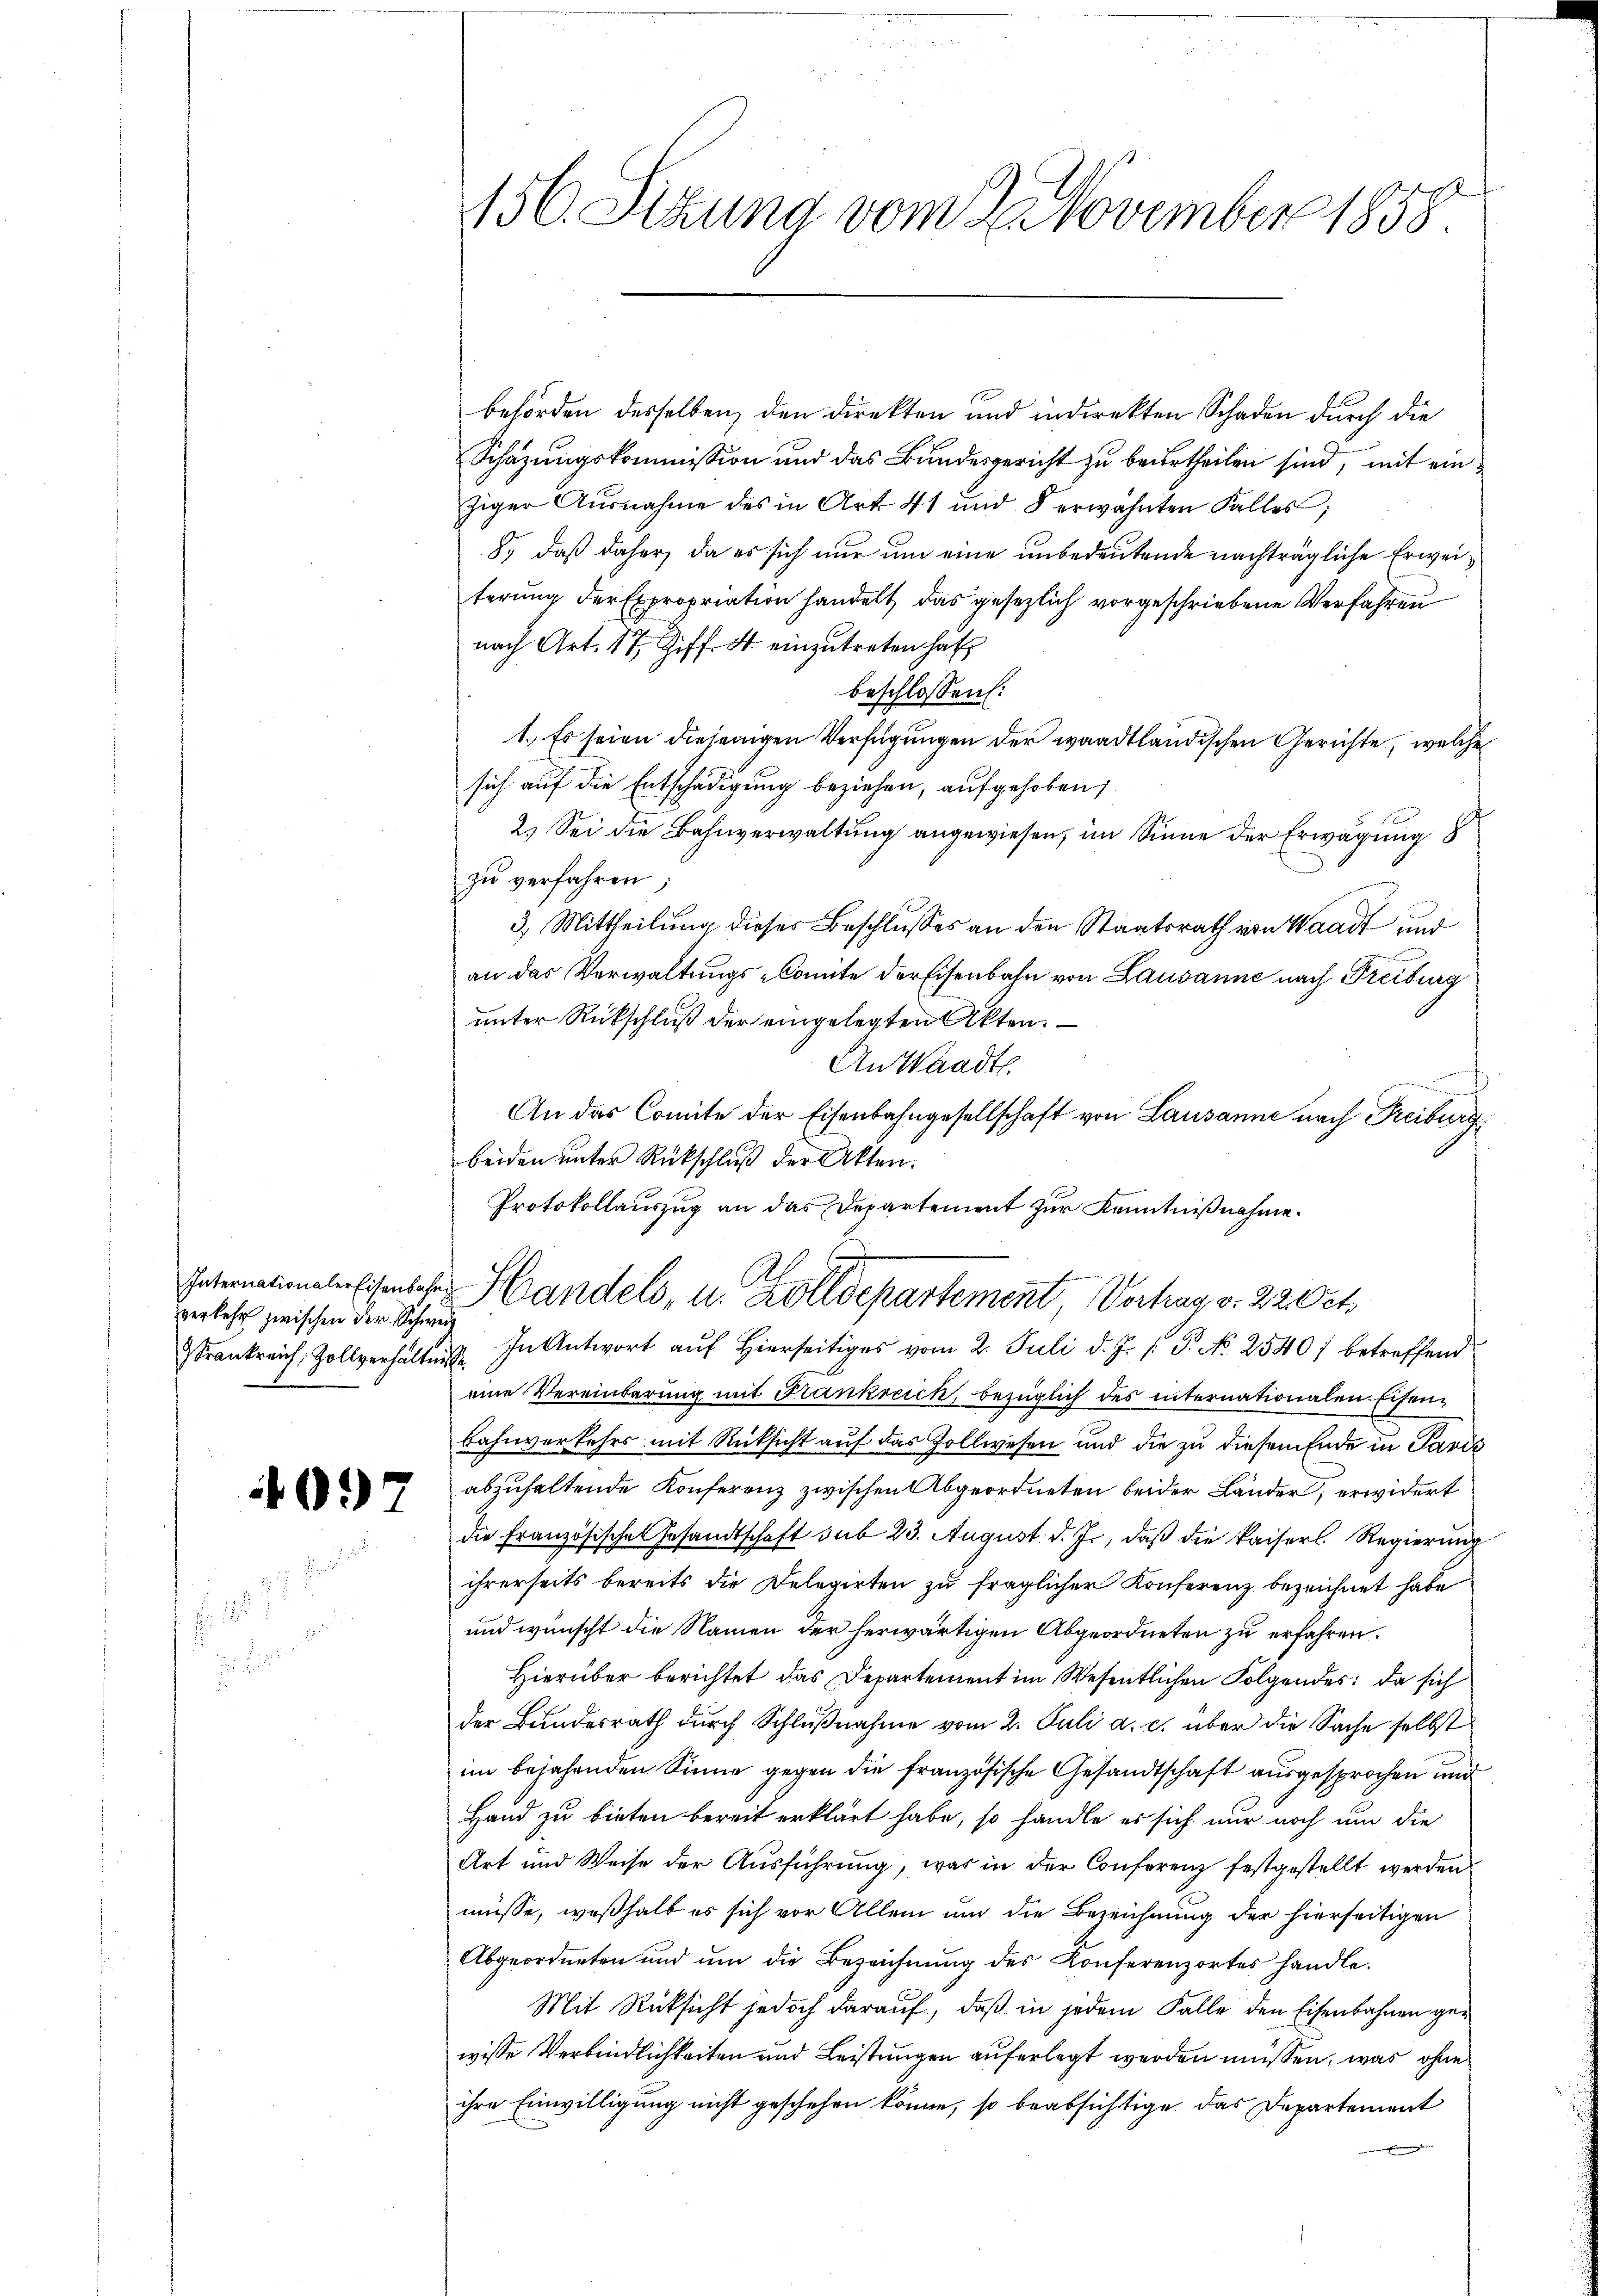
verkehr zwischen der Schweiz

4097

156. Sitzung vom 2. November 1858

behörden desselben, den direkten und indirekten Schaden durch die
Schazungskommission und das Bundesgericht zu beurtheilen sind, mit einziger Ausnahme des in Art. 41 und 8 erwähnten Falles;
8., daß daher, da es sich nur um eine unbedeutende nachträgliche Erweiterung der Expropriation handelt das gesezlich vorgeschriebene Verfahren
nach Art. 17, Ziff. 4 einzŭtreten hat.
beschlossen:
1.) Es seien diejenigen Verfügungen der waadtländischen Gerichte, welche
sich auf die Entschädigung beziehen, aufgehoben,
2.) Sei die Bahnverwaltung angewiesen, im Sinne der Erwägung
zŭ verfahren;
3.) Mittheilung dieses Beschlußes an den Staatsrath von Waadt und
an das Verwaltungs-Comite der Eisenbahn von Lausanne nach Freiburg
unter Rückschluß der eingelegten Akten.
An Waadt.
c
An das Comite der Eisenbahngesellschaft von Lausanne nach Freiburg
eine Vereinbarung mit Frankreich, bezüglich des internationalen Eisen¬
Bahnverkehrs mit Rücksicht auf das Zollwesen und die zu diesem Ende in Paris
abzuhaltende Konferenz zwischen Abgeordneten beider Länder, erwidert
die Französische Gesandtschaft sub 23. August d. J., daß die kaiserl. Regierung
ihrerseits bereits die Delegirten zu fraglicher Konferenz bezeichnet habe
und wünscht die Namen der herwärtigen Abgeordneten zu erfahren.
Hierüber berichtet das Departement im Wesentlichen Folgendes: da sich
der Bundesrath durch Schlŭβnahme vom 2. Juli a. c. über die Sache selbst
im bejahenden Sinne gegen die französische Gesandtschaft ausgesprochen und
Hand zu bieten bereit erklärt habe, so handle es sich nur noch um die
Art und Weise der Ausführung, was in der Conferenz festgestellt werden
müsse, weßhalb es sich vor Allem um die Bezeichnung der hierseitigen
Abgeordneten und ŭm die Bezeichnŭng des Konferenzortes handle.
Mit Rücksicht jedoch darauf, daß in jedem Falle den Eisenbahnen gewisse Verbindlichkeiten und Leistungen auferlegt werden müssen, was ohne
ihre Einwilligung nicht geschehen könne, so beabsichtige das Departement

beiden unter Rückschluß der Akten.
Protokollauszug an das Departement zur Kenntnißnahme.
Paterminale Eisenlose Handels, u. Zolldepartement Verhag v. 22. Oct.
 Krankreich. Zollverhältnis. In Antwort aŭf hierseitiges vom 2. Juli d. Js. s. P. No 2540) betreffend